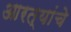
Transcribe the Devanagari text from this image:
आरत्यांचे